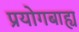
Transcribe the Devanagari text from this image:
प्रयोगबाह्य